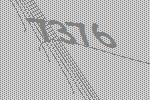
7376